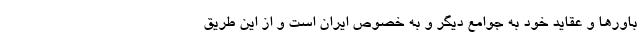
باورها و عقاید خود به جوامع دیگر و به خصوص ایران است و از این طریق